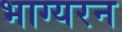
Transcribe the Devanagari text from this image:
भाग्यरन